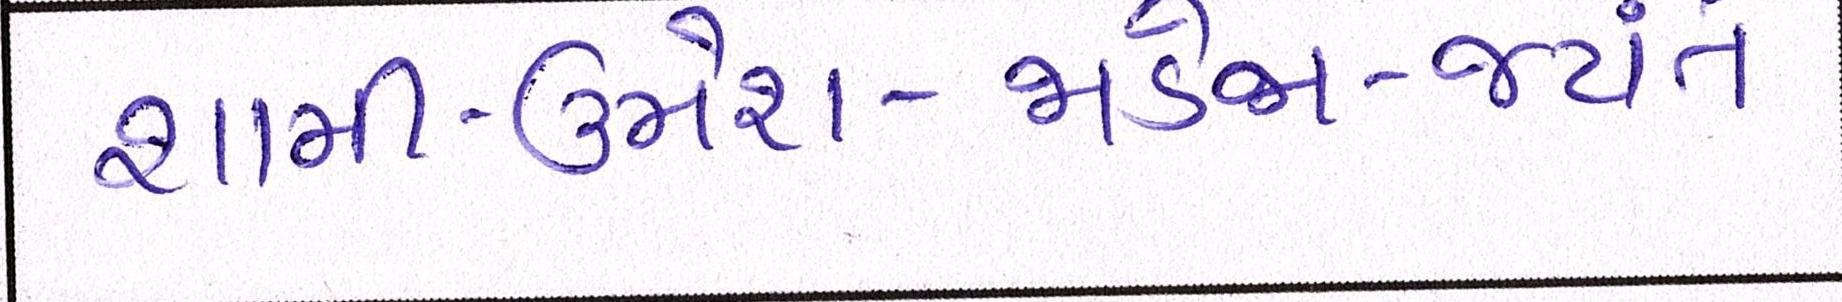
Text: શામી-ઉમેશ-જાડેજા-જયંતે